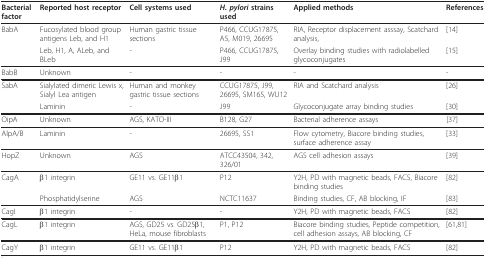
<table><thead><tr><td><b>Bacterial factor</b></td><td><b>Reported host receptor</b></td><td><b>Cell systems used</b></td><td><b><i>H. pylori </i>strains used</b></td><td><b>Applied methods</b></td><td><b>References</b></td></tr></thead><tbody><tr><td>BabA</td><td>Fucosylated blood group antigens Leb, and H1</td><td>Human gastric tissue sections</td><td>P466, CCUG17875, A5, M019, 26695</td><td>RIA, Receptor displacement asssay, Scatchard analysis,</td><td>[14]</td></tr><tr><td></td><td>Leb, H1, A, ALeb, and BLeb</td><td>-</td><td>P466, CCUG17875, J99</td><td>Overlay binding studies with radiolabelled glycoconjugates</td><td>[15]</td></tr><tr><td>BabB</td><td>Unknown</td><td>-</td><td>-</td><td>-</td><td>-</td></tr><tr><td>SabA</td><td>Sialylated dimeric Lewis x, Sialyl Lea antigen</td><td>Human and monkey gastric tissue sections</td><td>CCUG17875, J99, 26695, SM165, WU12</td><td>RIA and Scatchard analysis</td><td>[26]</td></tr><tr><td></td><td>Laminin</td><td>-</td><td>J99</td><td>Glycoconjugate array binding studies</td><td>[30]</td></tr><tr><td>OipA</td><td>Unknown</td><td>AGS, KATO-III</td><td>B128, G27</td><td>Bacterial adherence assays</td><td>[37]</td></tr><tr><td>AlpA/B</td><td>Laminin</td><td>-</td><td>26695, SS1</td><td>Flow cytometry, Biacore binding studies, surface adherence assay</td><td>[33]</td></tr><tr><td>HopZ</td><td>Unknown</td><td>AGS</td><td>ATCC43504, 342, 326/01</td><td>AGS cell adhesion assays</td><td>[39]</td></tr><tr><td>CagA</td><td>β1 integrin</td><td>GE11 vs. GE11β1</td><td>P12</td><td>Y2H, PD with magnetic beads, FACS, Biacore binding studies</td><td>[82]</td></tr><tr><td></td><td>Phosphatidylserine</td><td>AGS</td><td>NCTC11637</td><td>Binding studies, CF, AB blocking, IF</td><td>[83]</td></tr><tr><td>CagI</td><td>β1 integrin</td><td>-</td><td>-</td><td>Y2H, PD with magnetic beads, FACS</td><td>[82]</td></tr><tr><td>CagL</td><td>β1 integrin</td><td>AGS, GD25 vs. GD25β1, HeLa, mouse fibroblasts</td><td>P1, P12</td><td>Biacore binding studies, Peptide competition, cell adhesion assays, AB blocking, CF</td><td>[61,81]</td></tr><tr><td>CagY</td><td>β1 integrin</td><td>GE11 vs. GE11β1</td><td>P12</td><td>Y2H, PD with magnetic beads, FACS</td><td>[82]</td></tr></tbody></table>